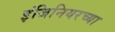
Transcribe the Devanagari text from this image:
इंजिनियरच्या